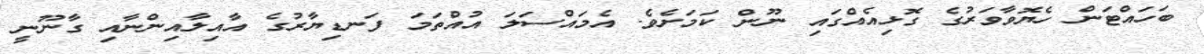
ބަހައްޓަން ހެޔޮވާވަރުގެ ގޮޅިއެއްގައި ނޫން ކަމަށެވެ. އެމައްސަލަ އުއްތަމަ ފަނޑިޔާރުގެ އާއިލާއިންނާއި ގާނޫނީ